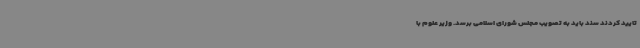
تایید کردند سند باید به تصویب مجلس شورای اسلامی برسد. وزیر علوم با